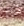
أنها